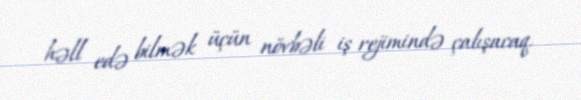
həll edə bilmək üçün növbəli iş rejimində çalışacaq.